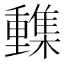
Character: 𨤹